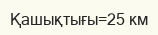
Қашықтығы=25 км